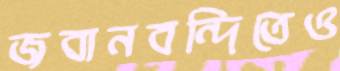
জবানবন্দিতেও